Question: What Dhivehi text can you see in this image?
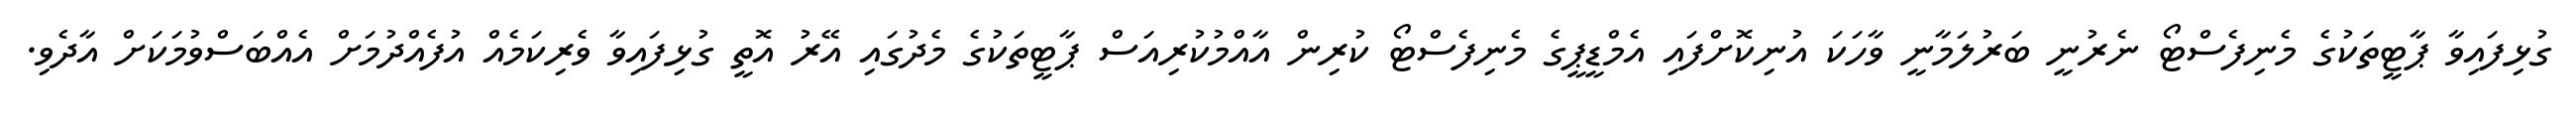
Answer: ގުޅިފައިވާ ޕާޓީތަކުގެ މެނިފެސްޓޯ ނެރުނީ ބަރުލަމާނީ ވާހަކަ އުނިކޮށްފައި އެމްޑީޕީގެ މެނިފެސްޓޯ ކުރިން އާއްމުކުރިއަސް ޕާޓީތަކުގެ މެދުގައި އޭރު އޮތީ ގުޅިފައިވާ ވެރިކަމެއް އުފެއްދުމަށް އެއްބަސްވުމަކަށް އާދެވި.